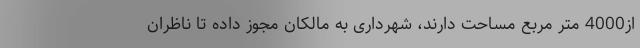
از4000 متر مربع مساحت دارند، شهرداری به مالکان مجوز داده تا ناظران